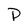
Character: p